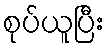
စုပ်ယူပြီး